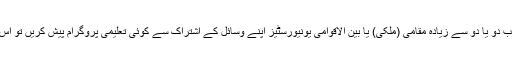
یونیورسٹیز کنسورشیہ: جب دو یا دو سے زیادہ مقامی (ملکی) یا بین الاقوامی یونیورسٹیز اپنے وسائل کے اشتراک سے کوئی تعلیمی پروگرام پیش کریں تو اس کو کنسورشیہ کہتے ہیں۔